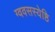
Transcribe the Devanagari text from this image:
ग्ववसस्येष्ठि